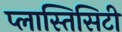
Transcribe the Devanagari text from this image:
प्लास्तिसिटी